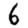
Digit: 6